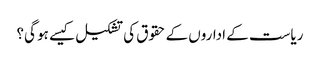
ریاست کے اداروں کے حقوق کی تشکیل کیسے ہو گی؟